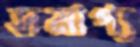
সমাপ্য